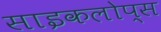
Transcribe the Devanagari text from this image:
साइकलोप्स